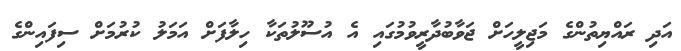
އަދި ރައްޔިތުންގެ މަޖިލީހަށް ޖަވާބުދާރީވުމުގައި އެ އުސޫލުތަކާ ހިލާފަށް އަމަލު ކުރުމަށް ސިފައިންގެ